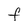
Character: F